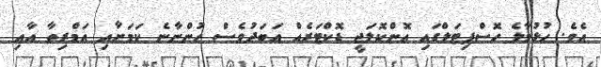
އެވެ. ހުޅުމާލެ ހޮސްޕިޓަލްގައި އޮންކޮލަޖީ ޑޮކްޓަރެއް އަބަދުވެސް ހުންނާނެ ކަމަށާއި އަމްރިތާ އާއި